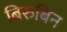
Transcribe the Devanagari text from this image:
बिरुबिन